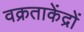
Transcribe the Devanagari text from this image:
वक्रताकेंद्रों